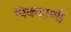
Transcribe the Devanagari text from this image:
पिकदाणी